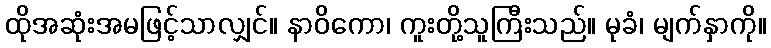
ထိုအဆုံးအမဖြင့်သာလျှင်။ နာဝိကော၊ ကူးတို့သူကြီးသည်။ မုခံ၊ မျက်နှာကို။